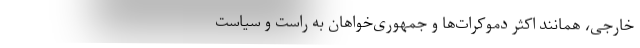
خارجی، همانند اکثرِ دموکرات­‌ها و جمهوری­‌خواهان به راست و سیاستِ